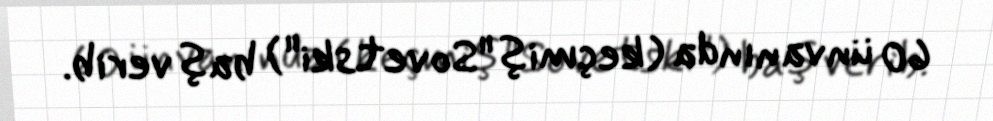
60 ünvanında (keçmiş "Sovetski") baş verib.